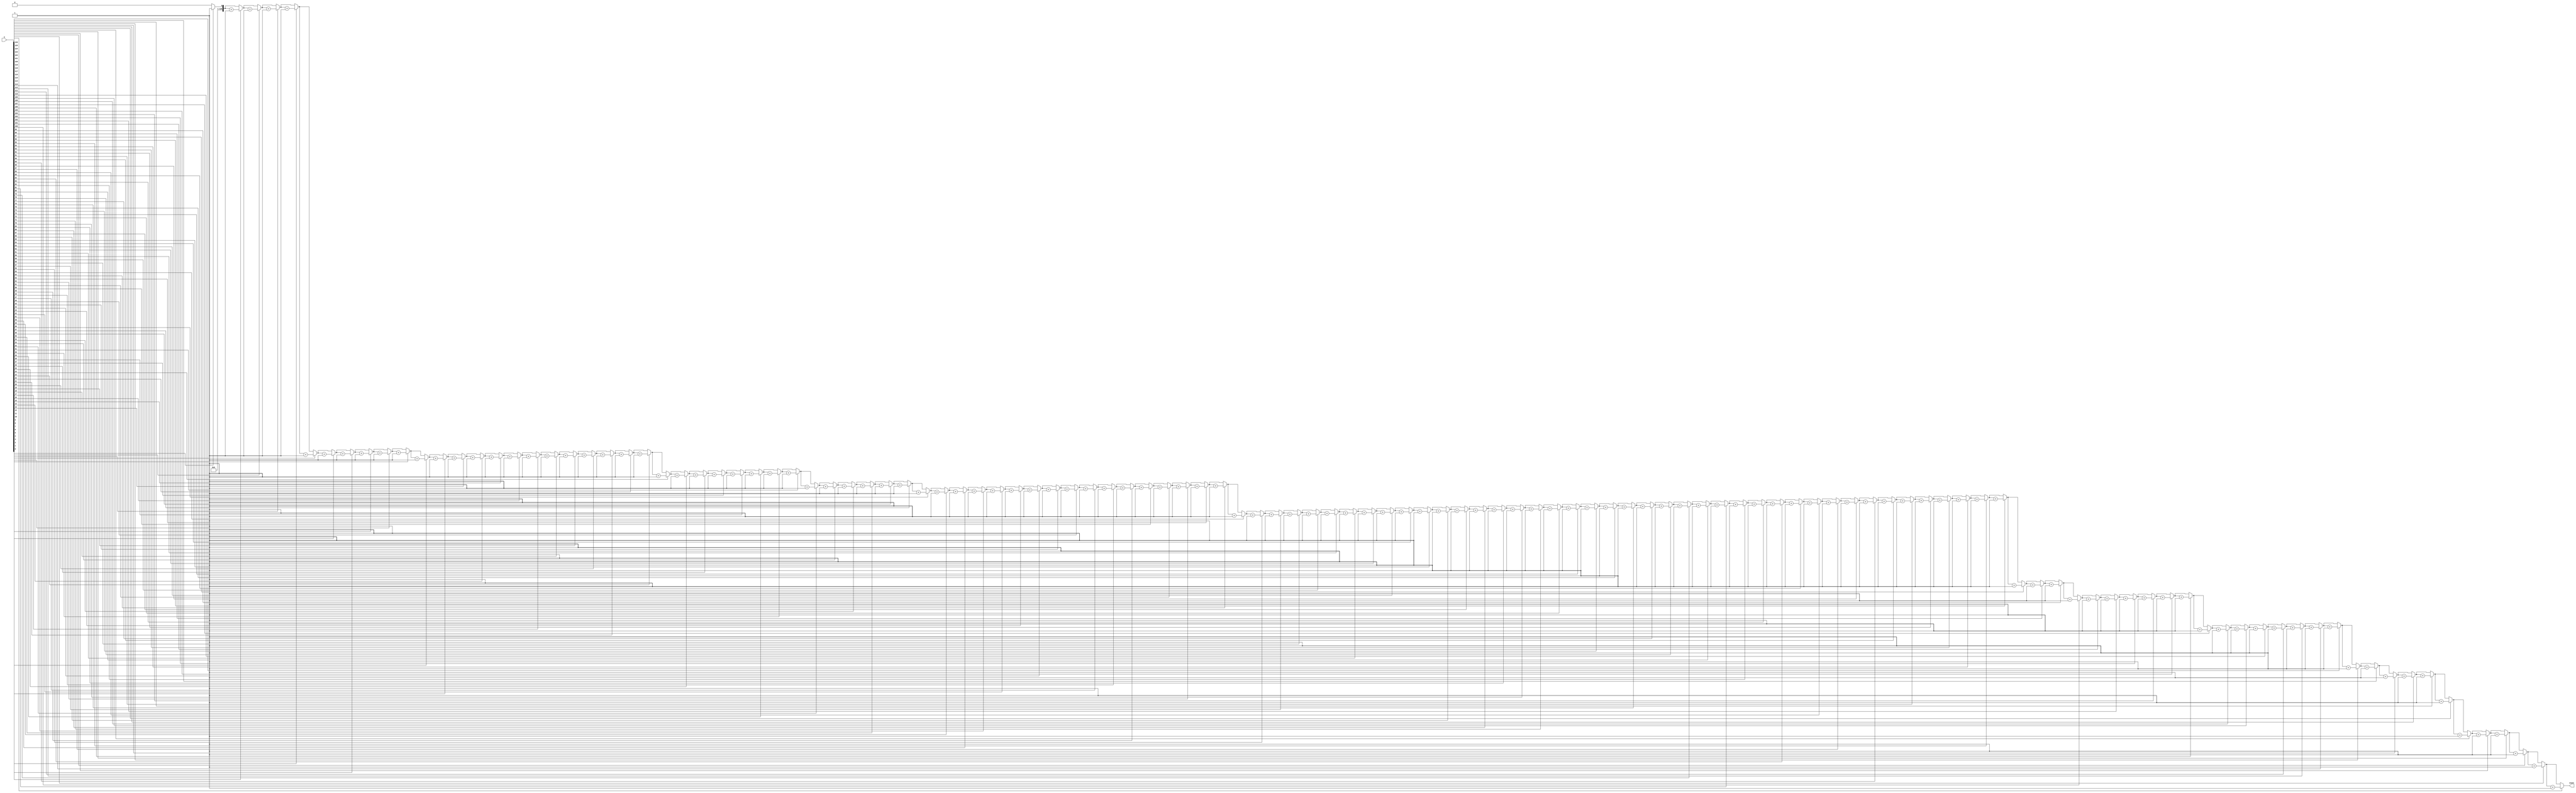
`timescale 1ns/1ns
module ones_counter_behavioural #(parameter n = 127) 
	(input [n-1:0] A,output reg [n-1:0] count);

	integer i;
	always @ (A) begin
		count = 127'b0;
		for (i = 0; i < n; i = i + 1) begin
			if (A[i] == 1'b1)
				count = count + 1;
		end
	end
endmodule